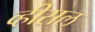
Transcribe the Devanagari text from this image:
व्हीसल